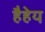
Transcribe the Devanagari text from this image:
हैहेय